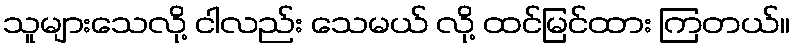
သူများသေလို့ ငါလည်း သေမယ် လို့ ထင်မြင်ထား ကြတယ်။